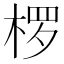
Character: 椤